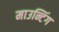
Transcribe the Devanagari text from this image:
माउन्टिंग